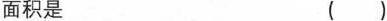
面积是 （）